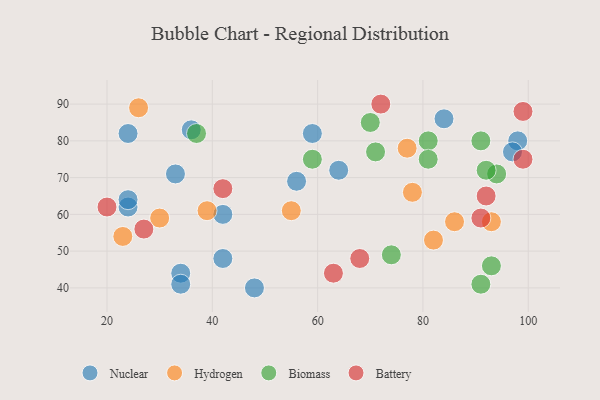
{"axis": {"x": "GDP", "y": "Life Expectancy"}, "legend": ["Battery", "Biomass", "Hydrogen", "Nuclear"], "data": [{"x": "42", "y": 48, "type": "Nuclear"}, {"x": "48", "y": 40, "type": "Nuclear"}, {"x": "98", "y": 80, "type": "Nuclear"}, {"x": "24", "y": 62, "type": "Nuclear"}, {"x": "24", "y": 64, "type": "Nuclear"}, {"x": "34", "y": 44, "type": "Nuclear"}, {"x": "84", "y": 86, "type": "Nuclear"}, {"x": "97", "y": 77, "type": "Nuclear"}, {"x": "36", "y": 83, "type": "Nuclear"}, {"x": "24", "y": 82, "type": "Nuclear"}, {"x": "42", "y": 60, "type": "Nuclear"}, {"x": "56", "y": 69, "type": "Nuclear"}, {"x": "33", "y": 71, "type": "Nuclear"}, {"x": "34", "y": 41, "type": "Nuclear"}, {"x": "64", "y": 72, "type": "Nuclear"}, {"x": "59", "y": 82, "type": "Nuclear"}, {"x": "78", "y": 66, "type": "Hydrogen"}, {"x": "82", "y": 53, "type": "Hydrogen"}, {"x": "23", "y": 54, "type": "Hydrogen"}, {"x": "30", "y": 59, "type": "Hydrogen"}, {"x": "39", "y": 61, "type": "Hydrogen"}, {"x": "77", "y": 78, "type": "Hydrogen"}, {"x": "26", "y": 89, "type": "Hydrogen"}, {"x": "93", "y": 58, "type": "Hydrogen"}, {"x": "86", "y": 58, "type": "Hydrogen"}, {"x": "55", "y": 61, "type": "Hydrogen"}, {"x": "91", "y": 41, "type": "Biomass"}, {"x": "37", "y": 82, "type": "Biomass"}, {"x": "71", "y": 77, "type": "Biomass"}, {"x": "93", "y": 46, "type": "Biomass"}, {"x": "81", "y": 80, "type": "Biomass"}, {"x": "94", "y": 71, "type": "Biomass"}, {"x": "70", "y": 85, "type": "Biomass"}, {"x": "59", "y": 75, "type": "Biomass"}, {"x": "74", "y": 49, "type": "Biomass"}, {"x": "91", "y": 80, "type": "Biomass"}, {"x": "81", "y": 75, "type": "Biomass"}, {"x": "92", "y": 72, "type": "Biomass"}, {"x": "99", "y": 88, "type": "Battery"}, {"x": "91", "y": 59, "type": "Battery"}, {"x": "42", "y": 67, "type": "Battery"}, {"x": "20", "y": 62, "type": "Battery"}, {"x": "63", "y": 44, "type": "Battery"}, {"x": "72", "y": 90, "type": "Battery"}, {"x": "27", "y": 56, "type": "Battery"}, {"x": "68", "y": 48, "type": "Battery"}, {"x": "92", "y": 65, "type": "Battery"}, {"x": "99", "y": 75, "type": "Battery"}]}